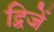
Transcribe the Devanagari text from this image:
द्विजें